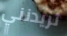
تريدنني